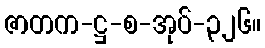
ဇာတက-ဋ္ဌ-စ-အုပ်-၃၂၆။